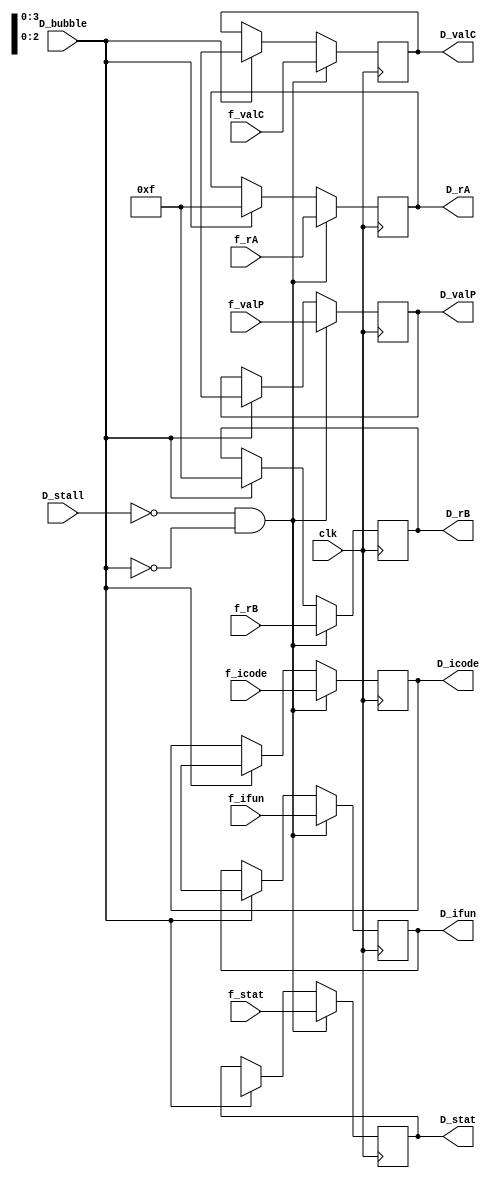
module decode_reg (
    clk,
    D_stall, D_bubble,
    f_stat, f_icode, f_ifun, f_rA, f_rB, f_valC, f_valP,
    D_stat, D_icode, D_ifun, D_rA, D_rB, D_valC, D_valP
);
    input clk;

    input D_stall, D_bubble;

    input [2:0] f_stat;
    input [3:0] f_icode, f_ifun, f_rA, f_rB;
    input [63:0] f_valC, f_valP;

    output reg [2:0] D_stat;
    output reg [3:0] D_icode, D_ifun, D_rA, D_rB;
    output reg [63:0] D_valC, D_valP;

  

    always @(posedge clk ) begin
        if ((D_stall==1'b0) && (D_bubble==1'b0))
            begin    
                D_stat = f_stat;
                D_icode = f_icode;
                D_ifun = f_ifun;
                D_rA = f_rA;
                D_rB = f_rB;
                D_valC = f_valC;
                D_valP = f_valP;
            end
        else if (D_bubble==1'b1)
            begin
                D_stat  = 3'bx;
                D_icode = 4'bx;
                D_ifun  = 4'bx;
                D_rA    = 4'hF;
                D_rB    = 4'hF;
                D_valC  = 64'bx;
                D_valP  = 64'bx;
            end
    end
endmodule